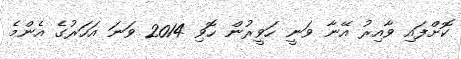
ކޮށްފައި ވާއިރު އޭނާ ވަނީ ހަވީރުން ހޮވި 2014 ވަނަ އަހަރުގެ އެންމެ